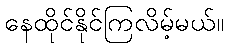
နေထိုင်နိုင်ကြလိမ့်မယ်။